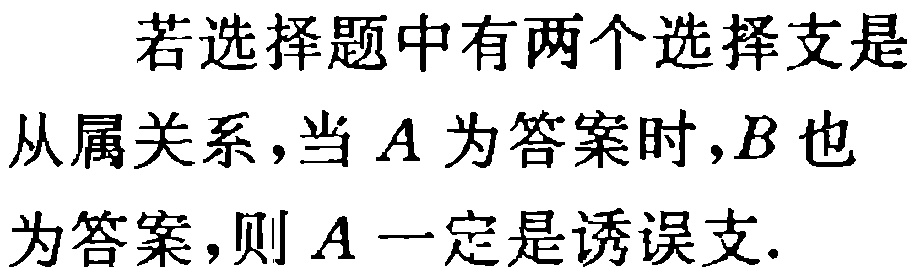
若选择题中有两个选择支是
从属关系，当\(A\)为答案时，\(B\)也
为答案，则\(A\)一定是诱误支.